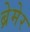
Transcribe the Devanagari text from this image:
ब्रेमेर